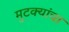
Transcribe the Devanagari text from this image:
मुटक्यांचा